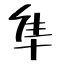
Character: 隼